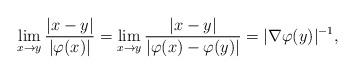
LaTeX: \begin{align*}\lim_{x \to y} \frac{|x-y|}{|\varphi(x)|} = \lim_{x \to y} \frac{|x-y|}{|\varphi(x)-\varphi(y)|} = |\nabla \varphi(y)|^{-1},\end{align*}